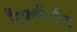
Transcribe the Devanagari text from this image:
नैफ्थीनीय